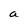
Character: a